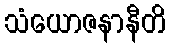
သံယောဇနာနီတိ